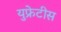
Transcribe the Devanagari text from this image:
युफ्रेटीस